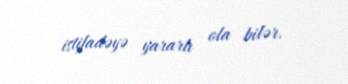
istifadəyə yararlı ola bilər.